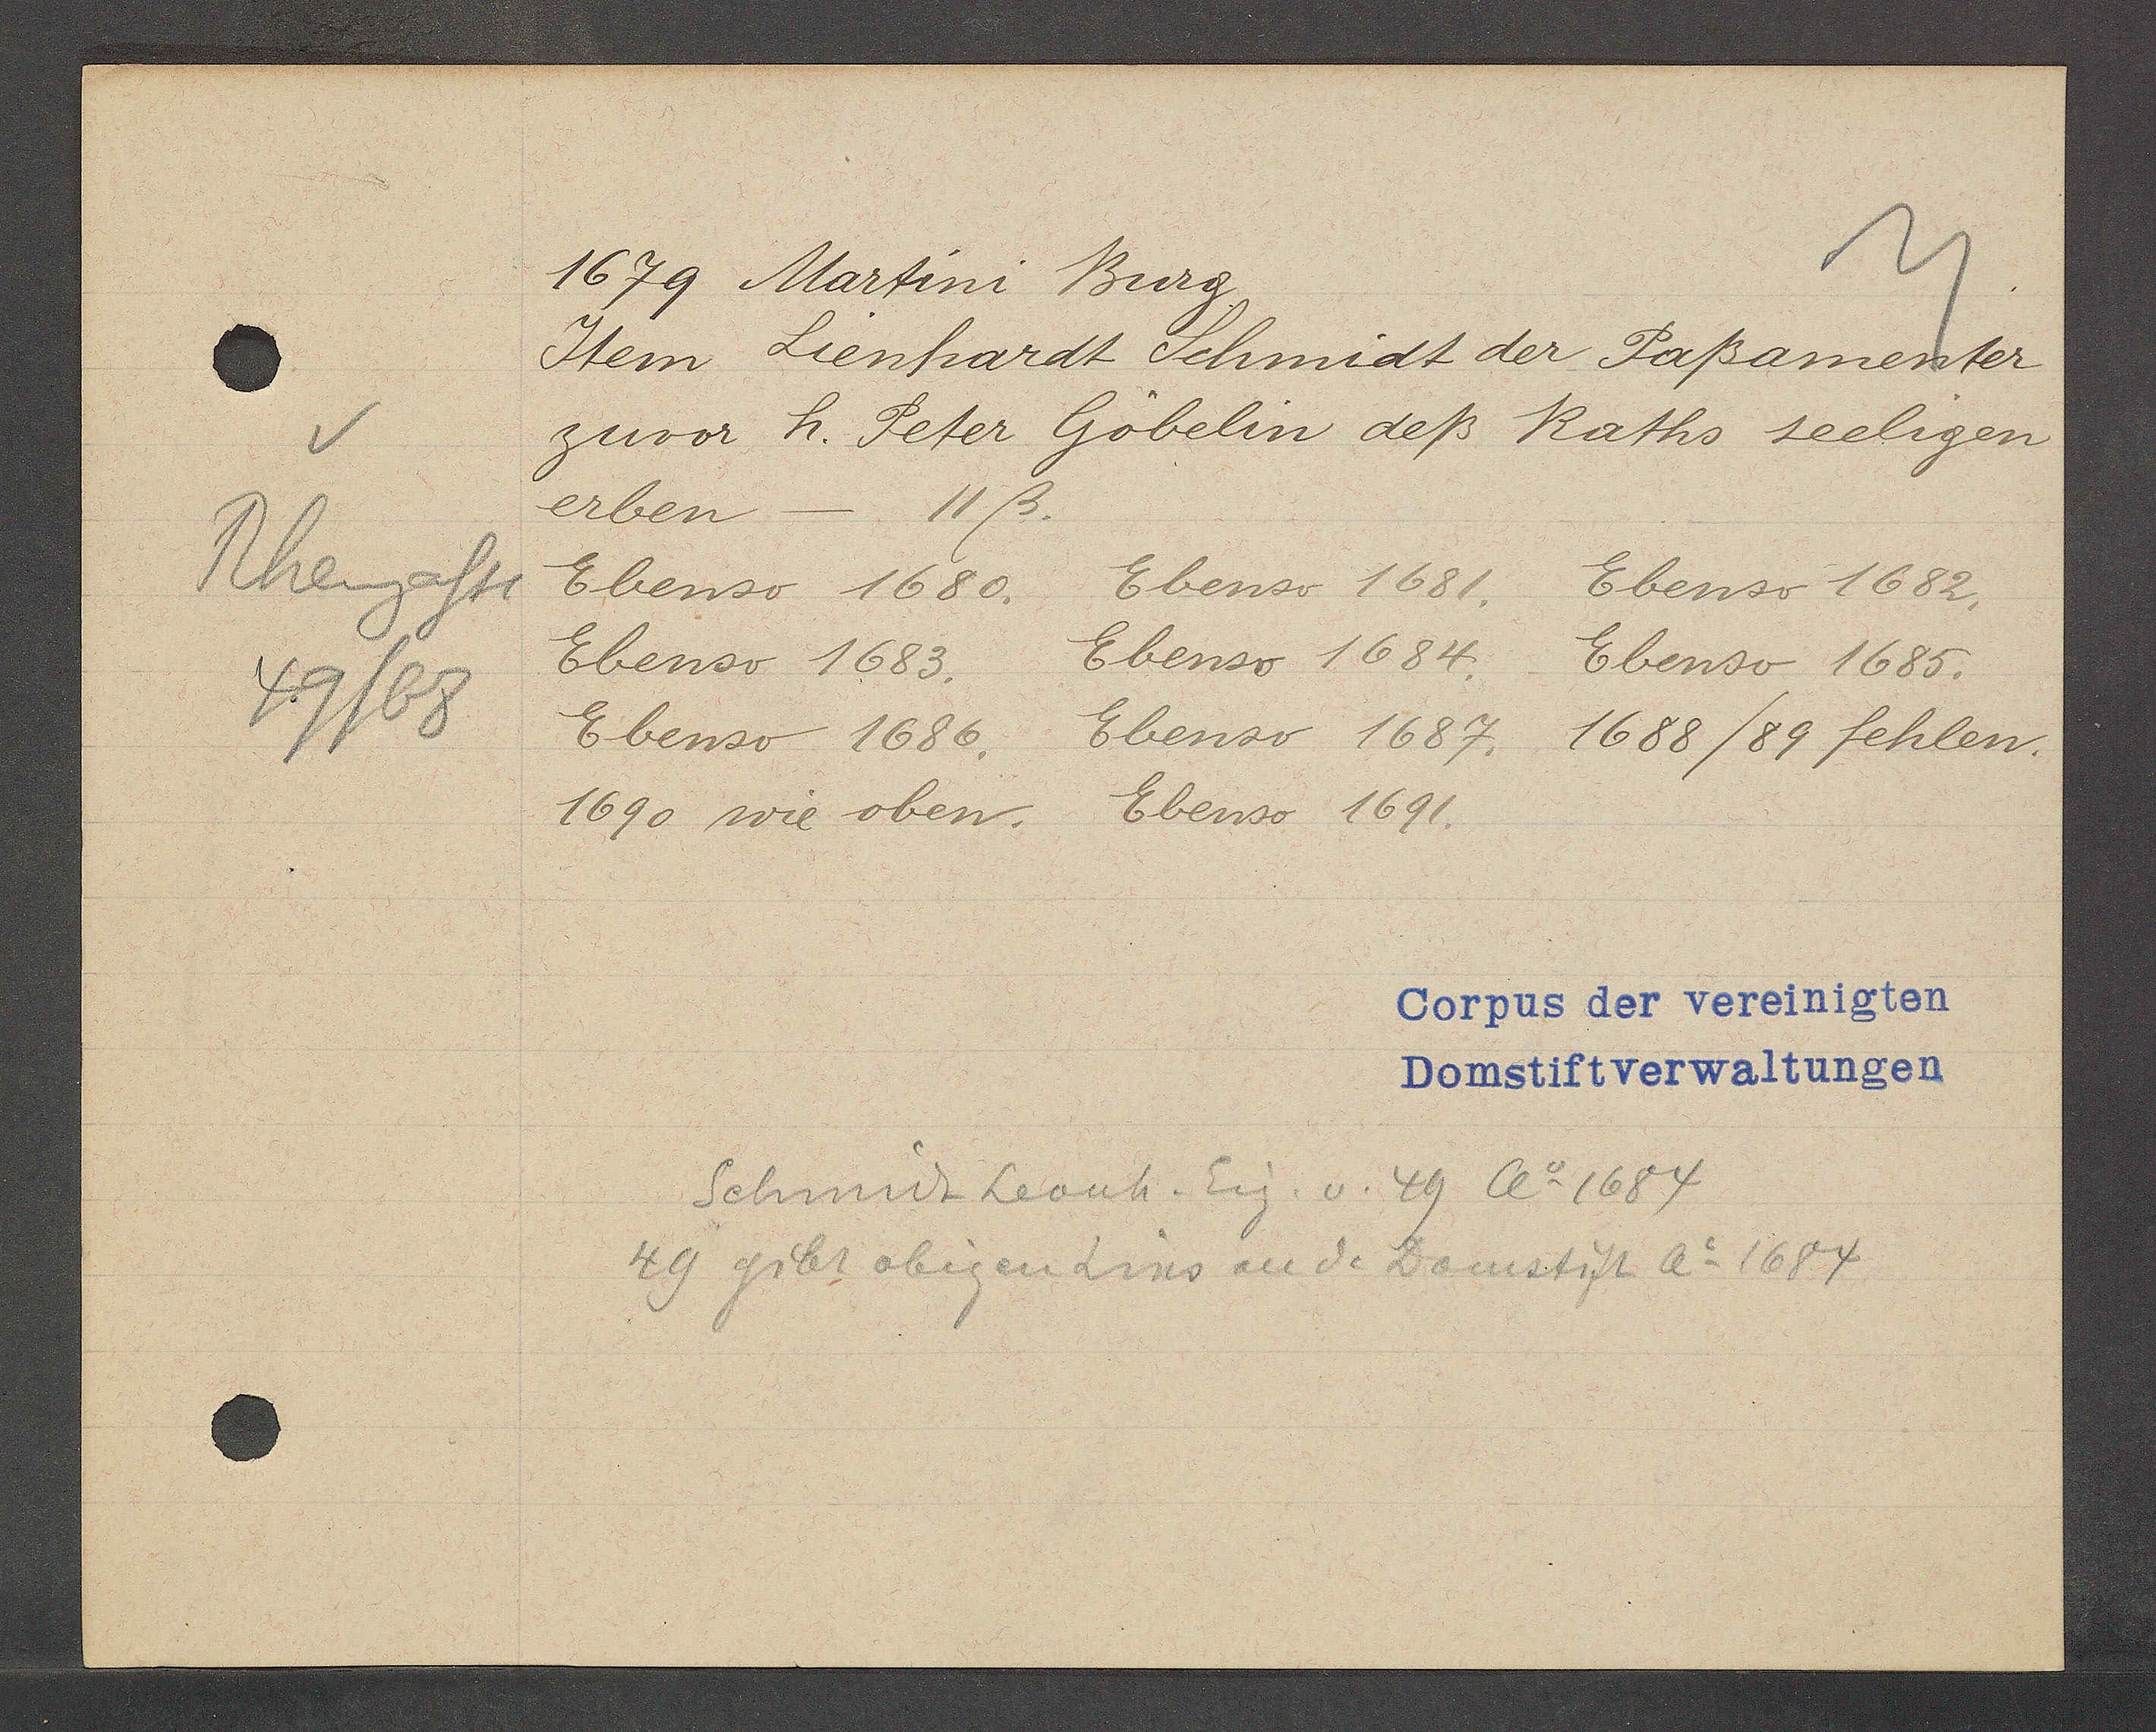
Transcript:
Rheingasse
49/68

1679 Martini Burg

Item Lienhardt Schmidt der Paßamenter
zuvor h. Peter Göbelin deß Raths seeligen
erben - 11ß.
Ebenso 1680.
Ebenso 1681.
Ebenso 1682.
Ebenso 1683.
Ebenso 1684.
Ebenso 1685.
Ebenso 1686.
Ebenso 1687.
1688 /89 fehlen.
1690 wie oben.
Ebenso 1691.

Corpus der vereinigten
Domstiftverwaltungen

Schmidt Leonh. Eig. v. 49 Ao 1684
49 gibt obigen Zins au de Domstift Ao 1684